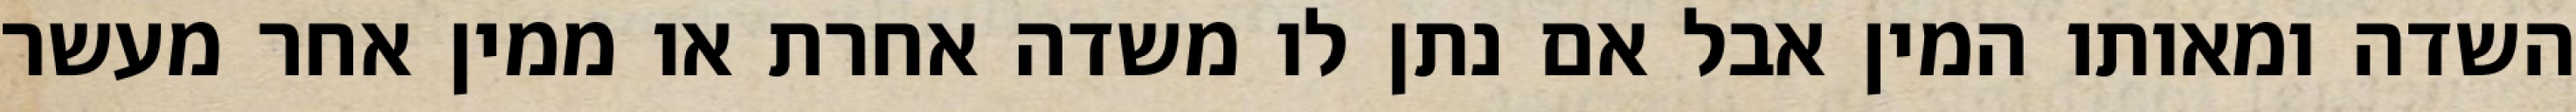
השדה ומאותו המין אבל אם נתן לו משדה אחרת או ממין אחר מעשר